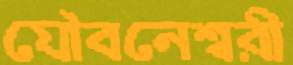
যৌবনেশ্বরী